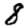
Digit: 8